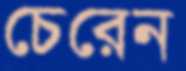
চেরেন